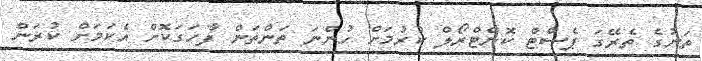
ތަނުގެ ތެރޭގަ ޕެސްޓް ކޮންޓްރޯލް ކުރުމަށް ހުންނަ ތަންތަން ފާހަގަކޮށް އެކަމަށް ކުރަން